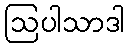
ဩပါသာဒါ